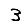
Digit: 3